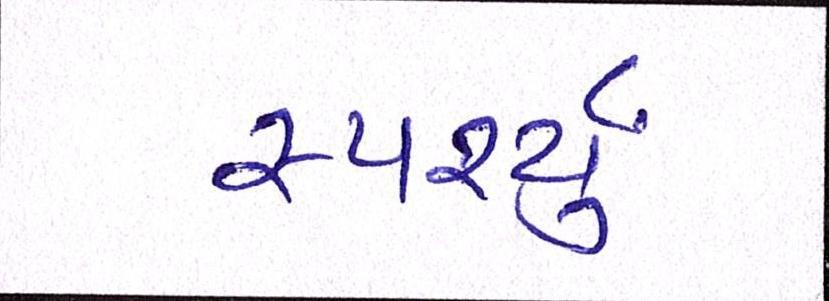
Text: સ્પર્શ્યું